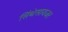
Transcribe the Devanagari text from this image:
सिंथेसायजर